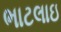
ભાટલાઇ